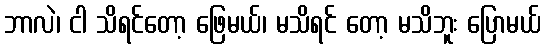
ဘာလဲ၊ ငါ သိရင်တော့ ဖြေမယ်၊ မသိရင် တော့ မသိဘူး ပြောမယ်